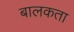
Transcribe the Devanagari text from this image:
बालकता